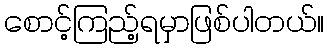
စောင့်ကြည့်ရမှာဖြစ်ပါတယ်။